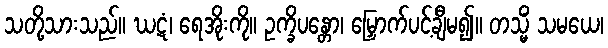
သတို့သားသည်။ ဃဋံ၊ ရေအိုးကို။ ဥက္ခိပန္တော၊ မြှောက်ပင့်ချီမ၍။ တသ္မိံ သမယေ၊